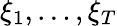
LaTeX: \xi_{1},\dots,\xi_{T}